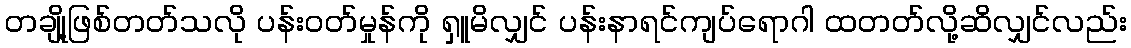
တချို့ဖြစ်တတ်သလို ပန်းဝတ်မှုန်ကို ရှူမိလျှင် ပန်းနာရင်ကျပ်ရောဂါ ထတတ်လို့ဆိလျှင်လည်း